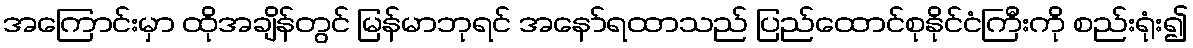
အကြောင်းမှာ ထိုအချိန်တွင် မြန်မာဘုရင် အနော်ရထာသည် ပြည်ထောင်စုနိုင်ငံကြီးကို စည်းရုံး၍